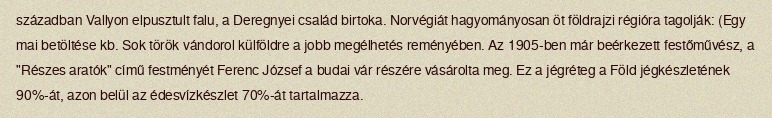
században Vallyon elpusztult falu, a Deregnyei család birtoka. Norvégiát hagyományosan öt földrajzi régióra tagolják: (Egy mai betöltése kb. Sok török vándorol külföldre a jobb megélhetés reményében. Az 1905-ben már beérkezett festőművész, a "Részes aratók" című festményét Ferenc József a budai vár részére vásárolta meg. Ez a jégréteg a Föld jégkészletének 90%-át, azon belül az édesvízkészlet 70%-át tartalmazza.